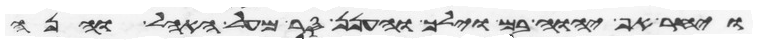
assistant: ויחר אף יהוה בם וילך והענן סר מעל האהל והנה